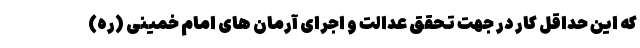
که این حداقل کار در جهت تحقق عدالت و اجرای آرمان های امام خمینی (ره)